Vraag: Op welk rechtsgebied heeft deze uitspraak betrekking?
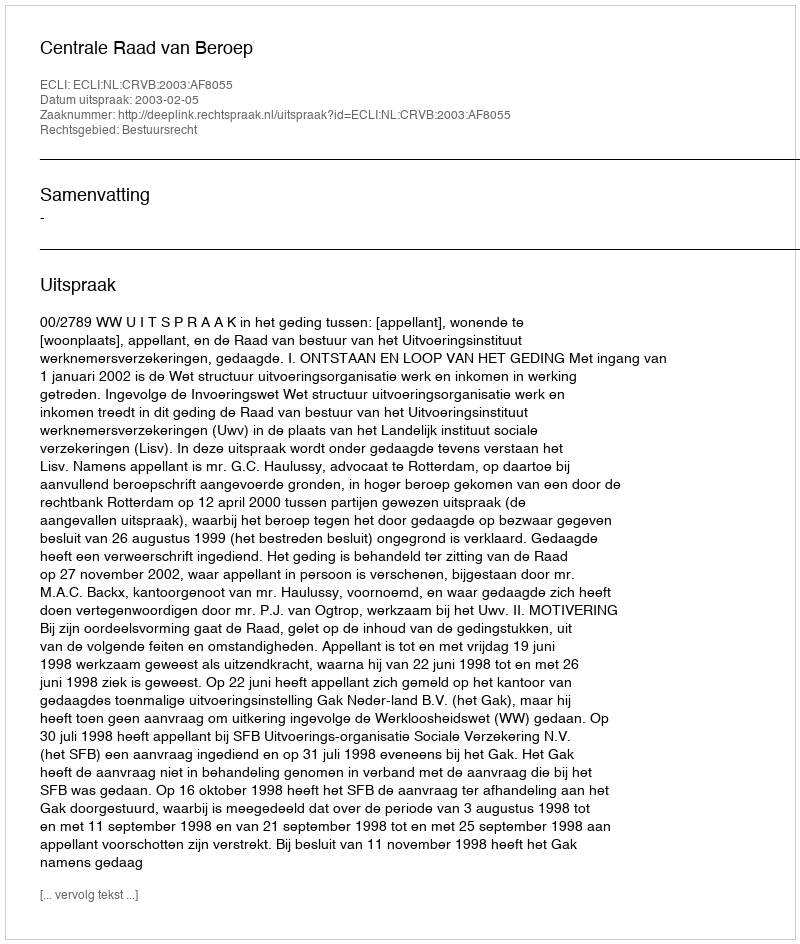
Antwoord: Bestuursrecht